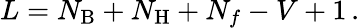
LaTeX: L=N_{\mathrm{B}}+N_{\mathrm{H}}+N_{f}-V+1\, .